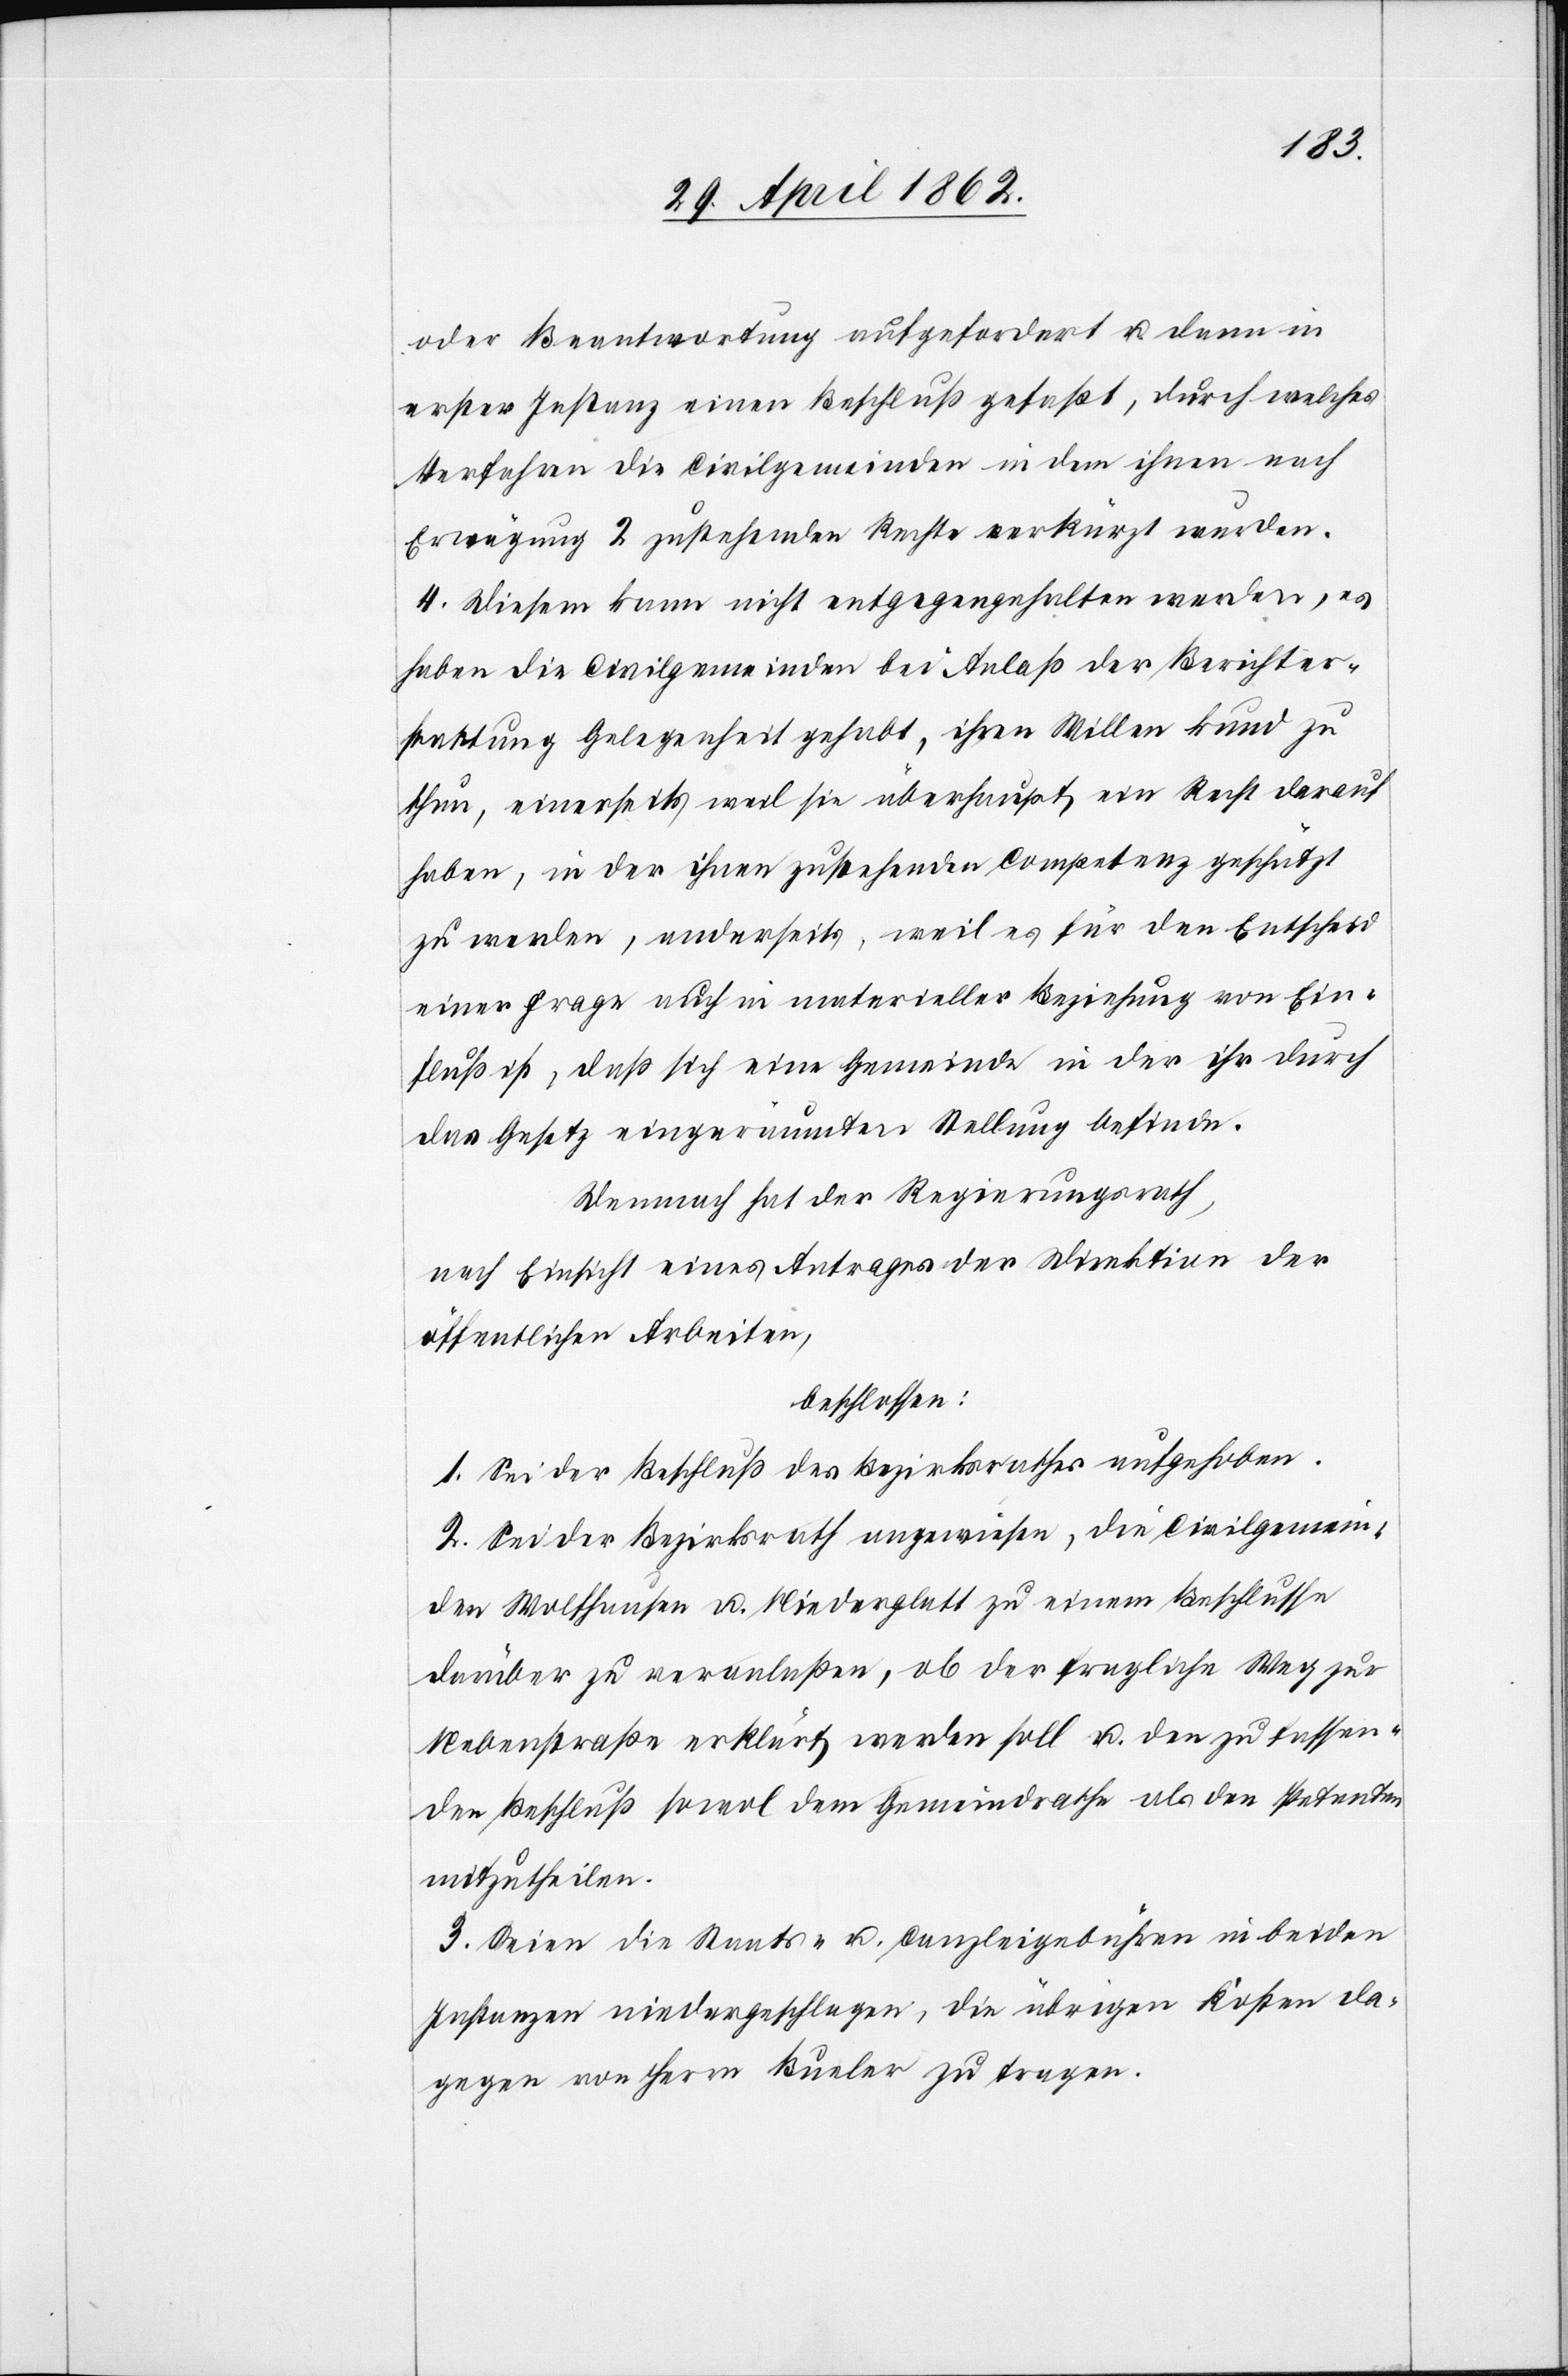
oder Beantwortung aufgefordert u. dann in
erster Instanz einen Beschluß gefaßt, durch welches
Verfahren die Civilgemeinden in dem ihnen nach
Erwägung 2 zustehenden Rechte verkürzt werden.
4. Diesem kann nicht entgegengehalten werden, es
haben die Civilgemeinden bei Anlaß der Berichters¬
tattung Gelegenheit gehabt, ihren Willen kund zu
thun, einerseits weil sie überhaupt ein Recht darauf
haben, in der ihnen zustehenden Competenz geschützt
zu werden, anderseits, weil es für den Entscheid
einer Frage auch in materieller Beziehung von Ein¬
fluß ist, daß sich eine Gemeinde in der ihr durch
das Gesetz eingeräumten Stellung befinde.
Demnach hat der Regierungsrath,
nach Einsicht eines Antrages der Direktion der
öffentlichen Arbeiten,
beschlossen:
1. Sei der Beschluß des Bezirksrathes aufgehoben.
2. Sei der Bezirksrath angewiesen, die Civilgemein¬
den Wolfhausen u. Niederglatt zu einem Beschlusse
darüber zu veranlaßen, ob der fragliche Weg zur
Nebenstraße erklärt werden soll u. den zu fassen¬
den Beschluß sowol dem Gemeindrathe als den Petenten
mitzutheilen.
3. Seien die Staats- u. Canzleigebühren in beiden
Instanzen niedergeschlagen, die übrigen Kosten da¬
gegen von Herrn Bueler zu tragen.